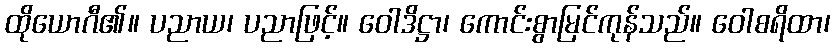
ထိုယောဂီ၏။ ပညာယ၊ ပညာဖြင့်။ ဝေါဒိဋ္ဌာ၊ ကောင်းစွာမြင်ကုန်သည်။ ဝေါစရိထာ၊